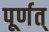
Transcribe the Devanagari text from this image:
पूर्णत्